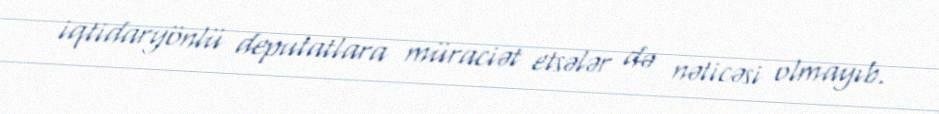
iqtidaryönlü deputatlara müraciət etsələr də nəticəsi olmayıb.